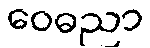
ဝေဓညာ